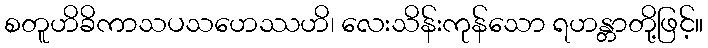
စတူဟိခိကာသပသဟေဿဟိ၊ လေးသိန်းကုန်သော ရဟန္တာတို့ဖြင့်။